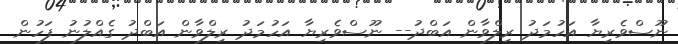
ނޫސްވެރިޔާ އަހުމަދު ރިލްވާން އަބްދު-- ނޫސްވެރިޔާ އަހުމަދު ރިލްވާން އަބްދު ގެއްލުނު ފަހުން